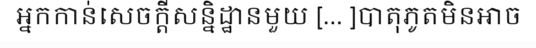
អ្នកកាន់សេចក្តីសន្និដ្ឋានមួយ [... ]បាតុភូតមិនអាច